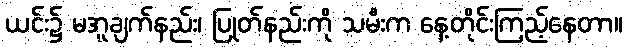
ယင်း၌ မအူချက်နည်း၊ ပြုတ်နည်းကို သမီးက နေ့တိုင်းကြည့်နေတာ။